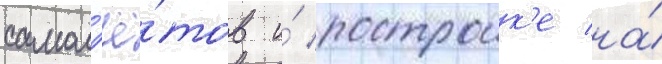
самол'ё́тов и́ построик'е на́